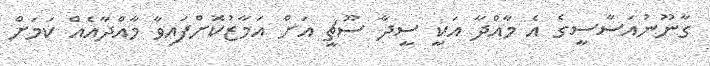
ގާނޫނުއަސާސީގެ އެ މާއްދާ އަކީ ސީދާ ސޫޗީ އަށް އަމާޒުކޮށްފައިވާ މާއްދާއެއް ކަމަށް